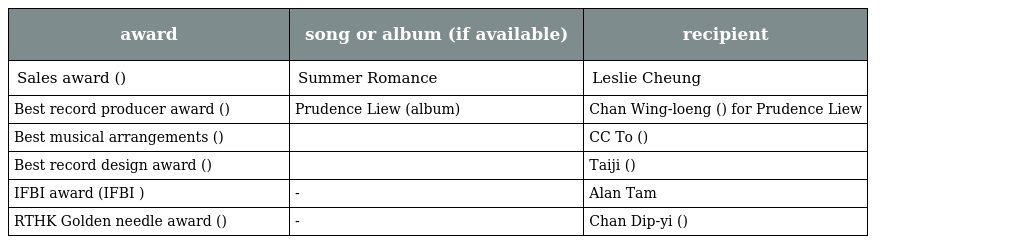
| award | song or album (if available) | recipient |
 | --- | --- | --- |
 | Sales award (全年銷量冠軍大獎) | Summer Romance | Leslie Cheung |
 | Best record producer award (最佳唱片監製獎) | Prudence Liew (album) | Chan Wing-loeng (陳永良) for Prudence Liew |
 | Best musical arrangements (最佳編曲獎) | 我的故事 | CC To (杜自持) |
 | Best record design award (最佳唱片封套設計獎) | 鮑皓昕 | Taiji (太極) |
 | IFBI award (IFBI 大獎) | - | Alan Tam |
 | RTHK Golden needle award (金針獎) | - | Chan Dip-yi (陳蝶衣) |